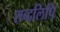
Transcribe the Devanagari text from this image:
शब्दलिपि